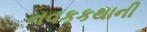
નવકકથાની